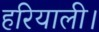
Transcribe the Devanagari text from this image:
हरियाली।